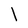
Character: 1